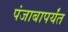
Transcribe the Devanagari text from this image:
पंजाबापर्यंत